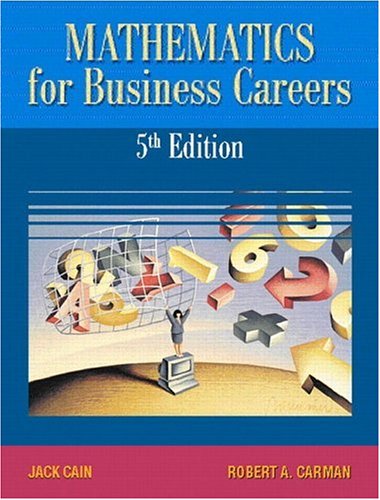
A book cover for Mathematics for Business Careers (5th Edition); Jack Cain; Business & Money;